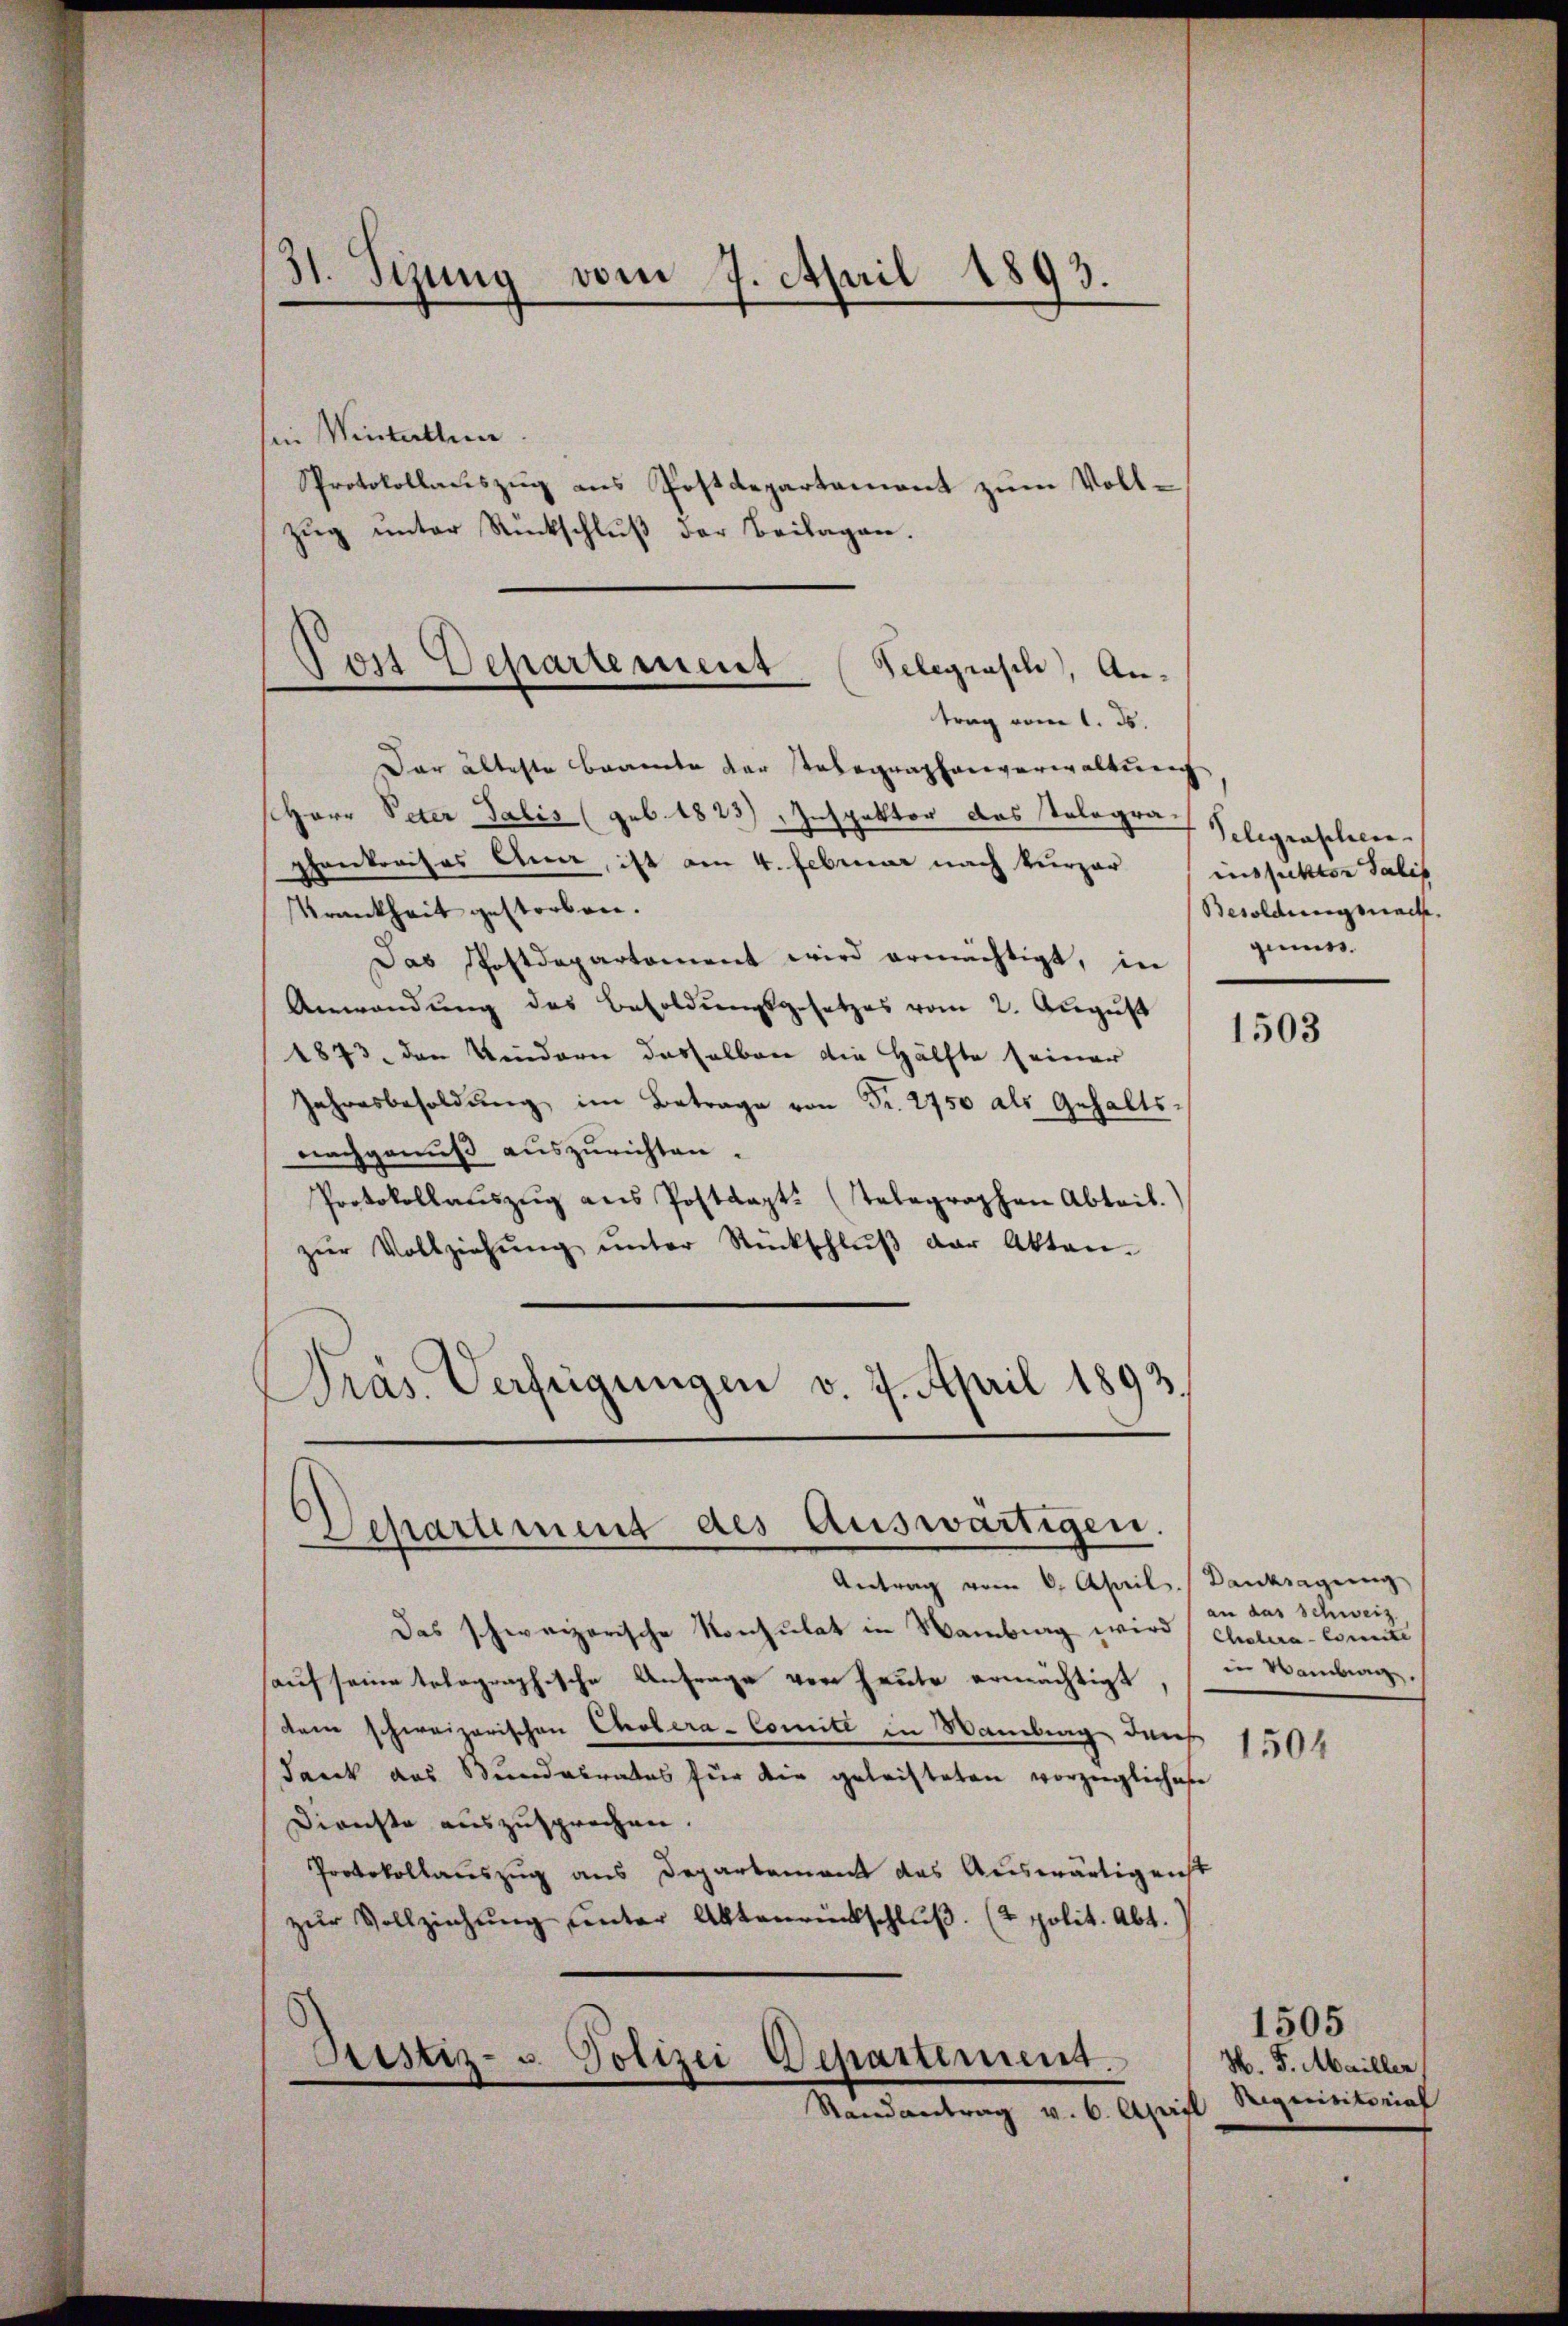
in Wintellen.
Pprotokollauszug aus Postdepartement zum Vollzug unter Rückschluß der Beilagen.
Dar älteste Beamte der Telegraphenverwaltung
Herr Peter Salis (geb. 1823) Inspektor das Telegrapenkreises Ana, ist am 4. Februar nach kurzer
Krankheit gestorben.
Das Postdepartement wird ermächtigt, in
Anwendung des Besoldungsgesetzes vom 2. August
4843. den Kindern daselben die Hälfte (einer
Jahresbesoldŭng im Betrage von Fr. 2750 als Gehalts-
nachgenuß auszurichten.
Protokollaŭszŭg ans Postanzt. (Telegraphen Abteil.
zŭr Vollziehŭng ŭnter Rückschlŭβ der Akten.
)
Pras. Verfügungen v. 4. April 1893.

31. Sizung vom 7. April 1893.

Post Departement. Telegrasch, Antrag vom 1. ds.

Departement des Auswärtigen.

Antrag vom 6. April. Danksagung
Das schweizerische Konsulat in Wamburg wird Cholera-Counte
sauf seine telegraphische Anfrage von heute ermächtigt in Bamban
dem schweizerischen Cholera-Comité in Wamberg den
dank das Bundalrates für die geleisteten vorzügliches
Dienste auszusprechen.
Protokollauszug aus Departement das Auswärtigenst
zŭr Vollziehŭng ŭnter Aktenrückschlŭβ. (2 polit. Abt.
Sistiz- u. Polizei Departement.
Randantrag v. 6. April

Telegraschen.
inssittler Salis
Besoldungssache.
gins.

1503

an das Schweiz.

1504

H. F. Mailler,
Requisitorial

1505